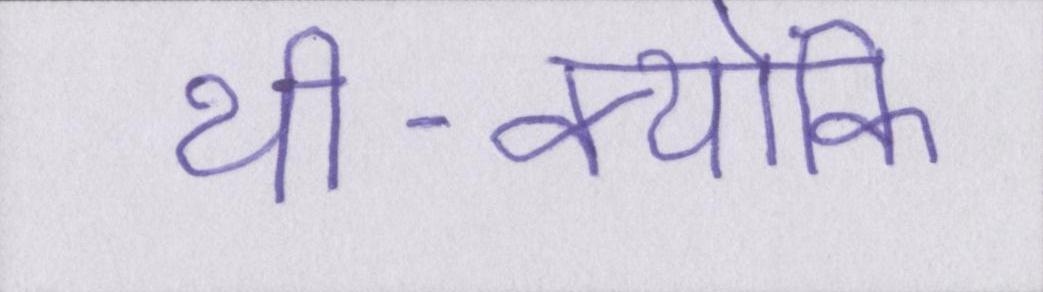
थी-क्योंकि